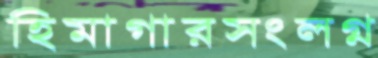
হিমাগারসংলগ্ন